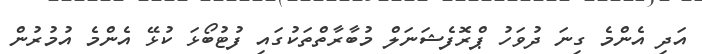
އަދި އެންމެ ގިނަ ދުވަހު ޕްރޮފެޝަނަލް މުބާރާތްތަކުގައި ފުޓުބޯޅަ ކުޅޭ އެންމެ އުމުރުން